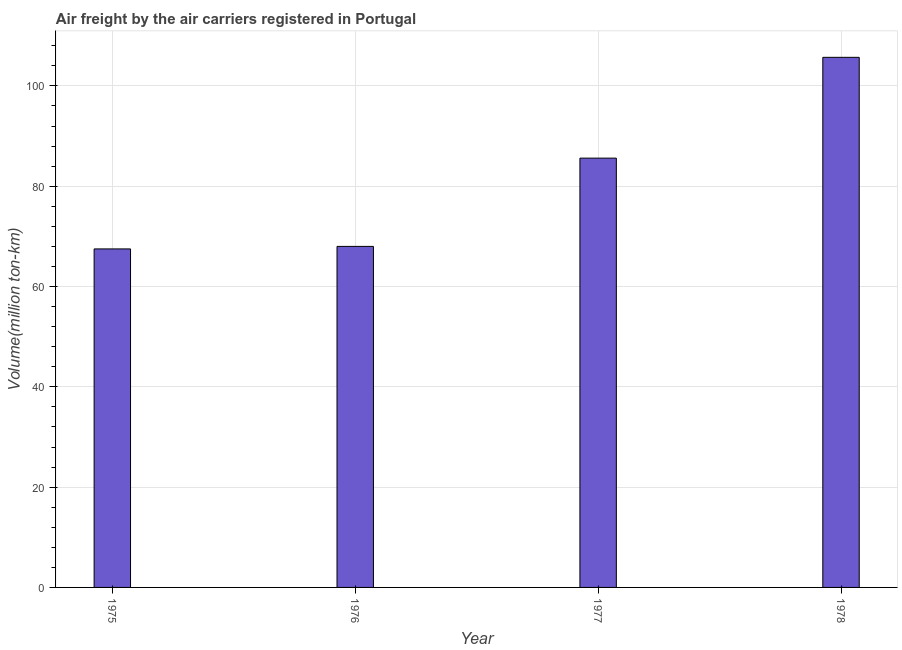
| Year | Air transport |
 | --- | --- |
 | 1975 | 67.5 |
 | 1976 | 68 |
 | 1977 | 85.6 |
 | 1978 | 106 |